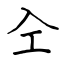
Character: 㒰